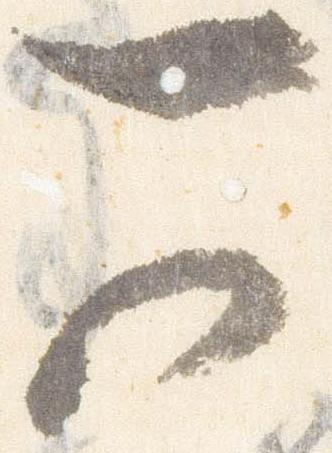
可